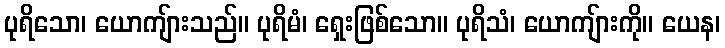
ပုရိသော၊ ယောကျ်ားသည်။ ပုရိမံ၊ ရှေးဖြစ်သော။ ပုရိသံ၊ ယောကျ်ားကို။ ယေန၊